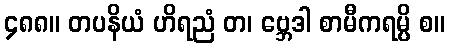
၄၈၈။ တပနိယံ ဟိရညံ တ၊ ဗ္ဘေဒါ စာမီကရမ္ပိ စ။